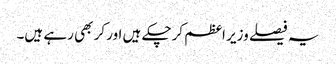
یہ فیصلے وزیر اعظم کرچکے ہیں اور کر بھی رہے ہیں۔